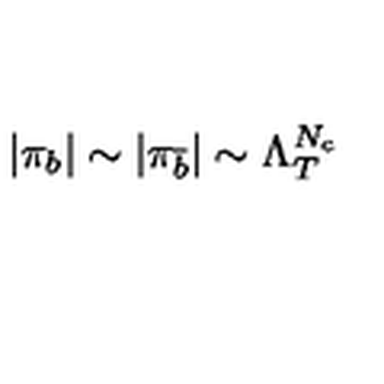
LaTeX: | \pi _ { b } | \sim | \pi _ { \bar { b } } | \sim \Lambda _ { T } ^ { N _ { c } }